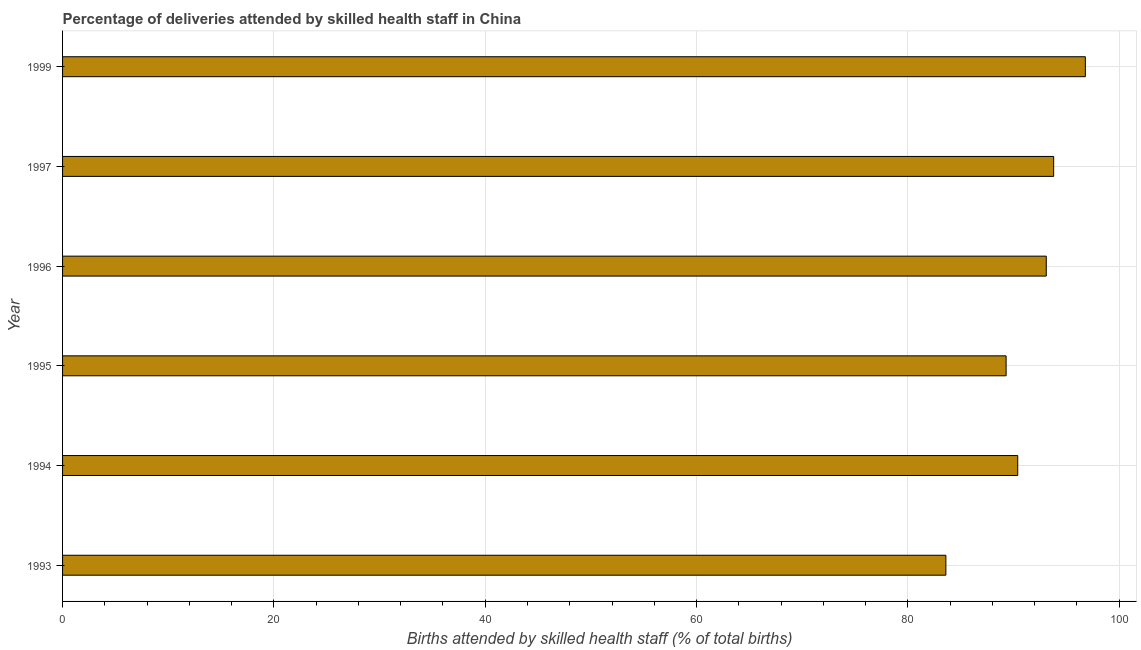
| Year | Births attended by skilled health staff |
 | --- | --- |
 | 1993 | 83.6 |
 | 1994 | 90.4 |
 | 1995 | 89.3 |
 | 1996 | 93.1 |
 | 1997 | 93.8 |
 | 1999 | 96.8 |